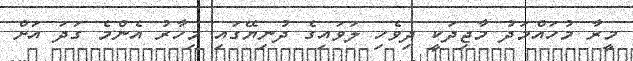
މީރާ މުހައްމަދު މާޖިދަކީ ދިވެހި ލަވައިގެ ދުނިޔޭގައި މިހާރު އެންމެ ގަދަ އަށް